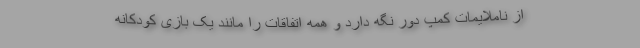
از ناملایمات کمپ دور نگه دارد و همه اتفاقات را مانند یک بازی کودکانه